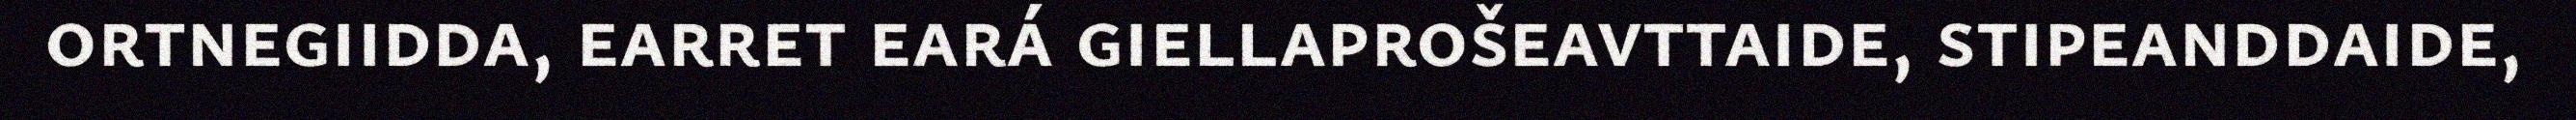
ortnegiidda, earret eará giellaprošeavttaide, stipeanddaide,